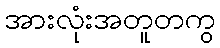
အားလုံးအတူတကွ